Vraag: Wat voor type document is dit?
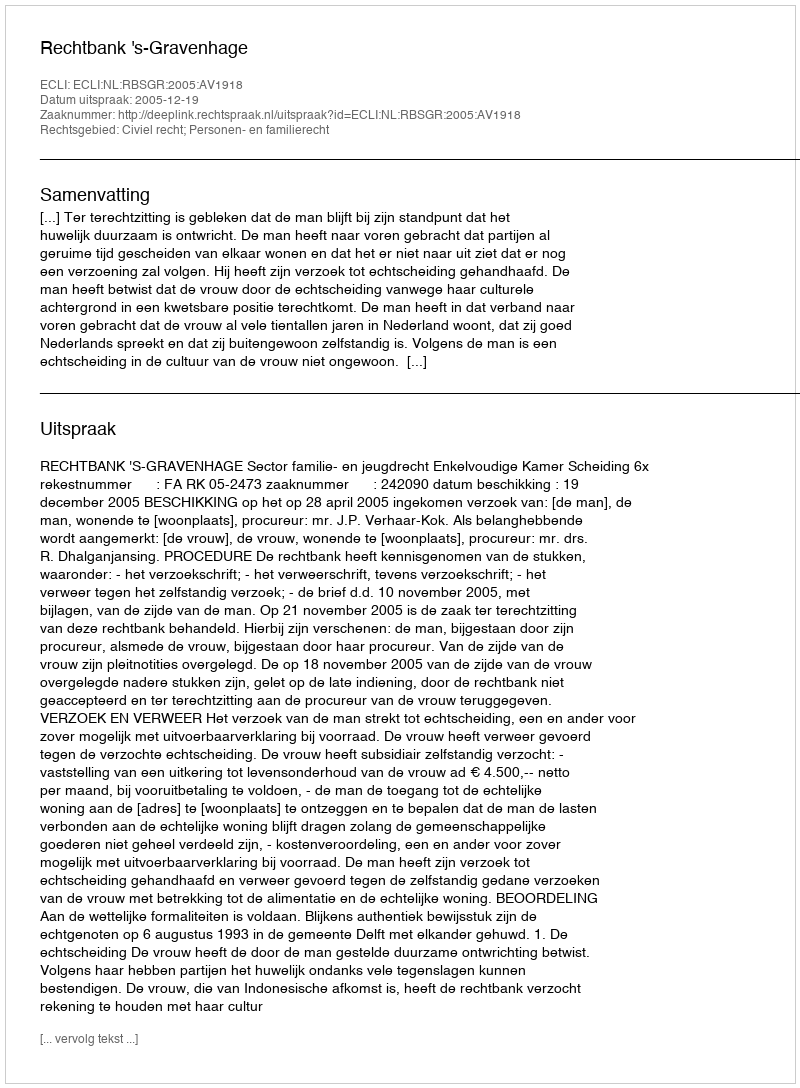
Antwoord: Uitspraak